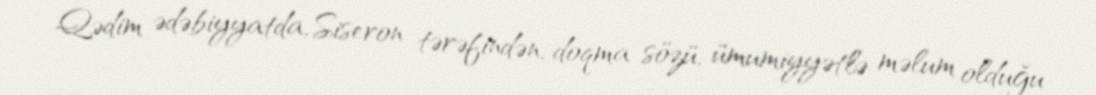
Qədim ədəbiyyatda, Siseron tərəfindən, doqma sözü, ümumiyyətlə məlum olduğu